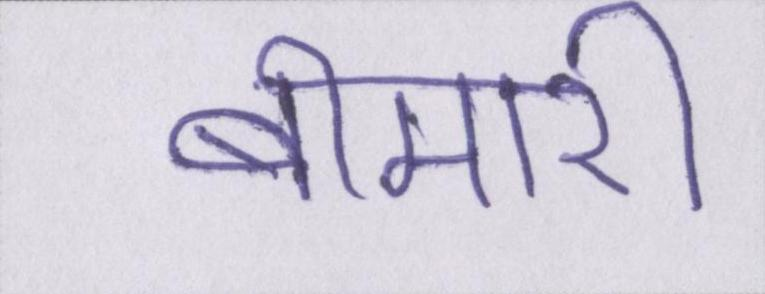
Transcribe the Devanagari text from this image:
बीमारी